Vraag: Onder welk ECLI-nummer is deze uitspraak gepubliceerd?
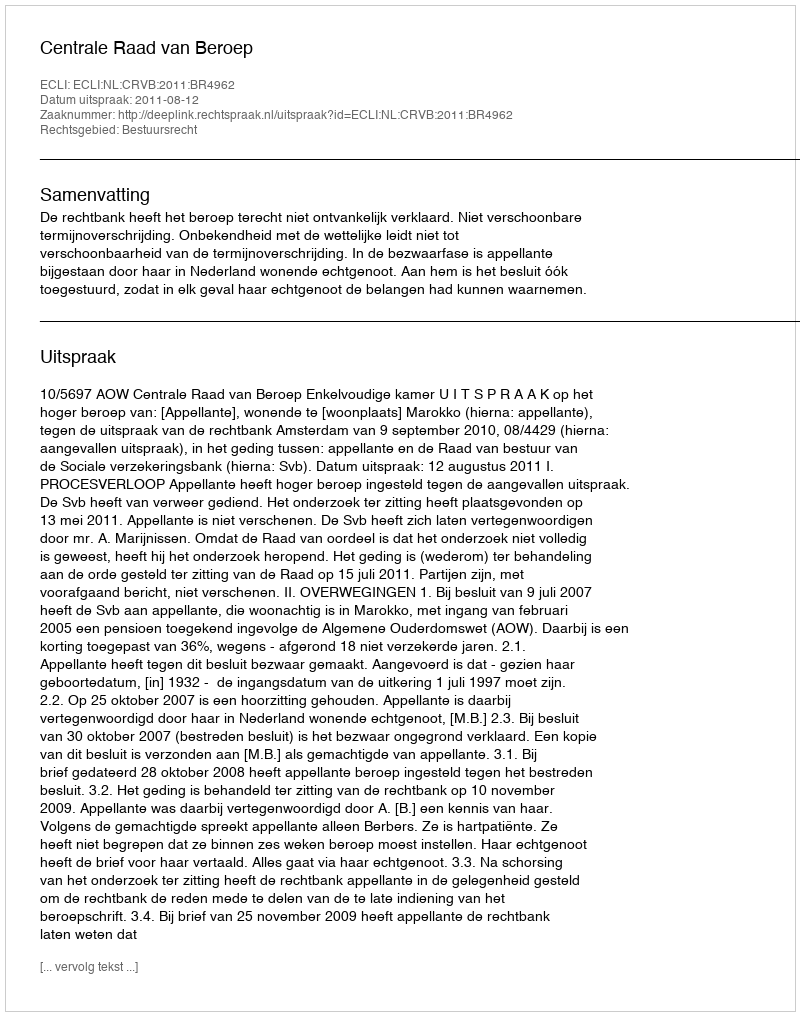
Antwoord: ECLI:NL:CRVB:2011:BR4962